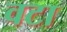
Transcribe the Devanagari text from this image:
वटा